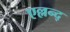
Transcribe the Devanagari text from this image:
एल्लन्द्